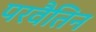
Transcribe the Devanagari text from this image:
परवैतिन